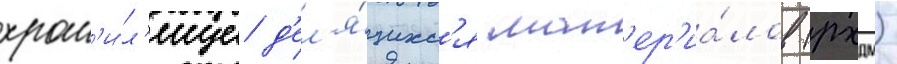
хран'и́л'ище д'ел'я́щихс'я мат'ер'иа́лов (рхдм)